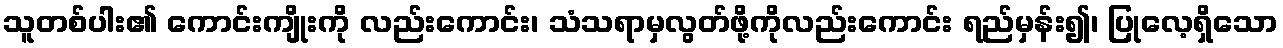
သူတစ်ပါး၏ ကောင်းကျိုးကို လည်းကောင်း၊ သံသရာမှလွတ်ဖို့ကိုလည်းကောင်း ရည်မှန်း၍၊ ပြုလေ့ရှိသော